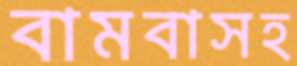
বামবাসহ